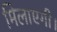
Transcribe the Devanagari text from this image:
मिलाएगी।